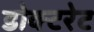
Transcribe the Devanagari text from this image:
डोक्टरेट